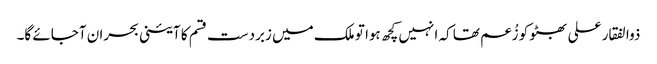
ذوالفقار علی بھٹو کو زُعم تھا کہ انہیں کچھ ہوا تو ملک میں زبردست قسم کا آئینی بحران آجائے گا۔